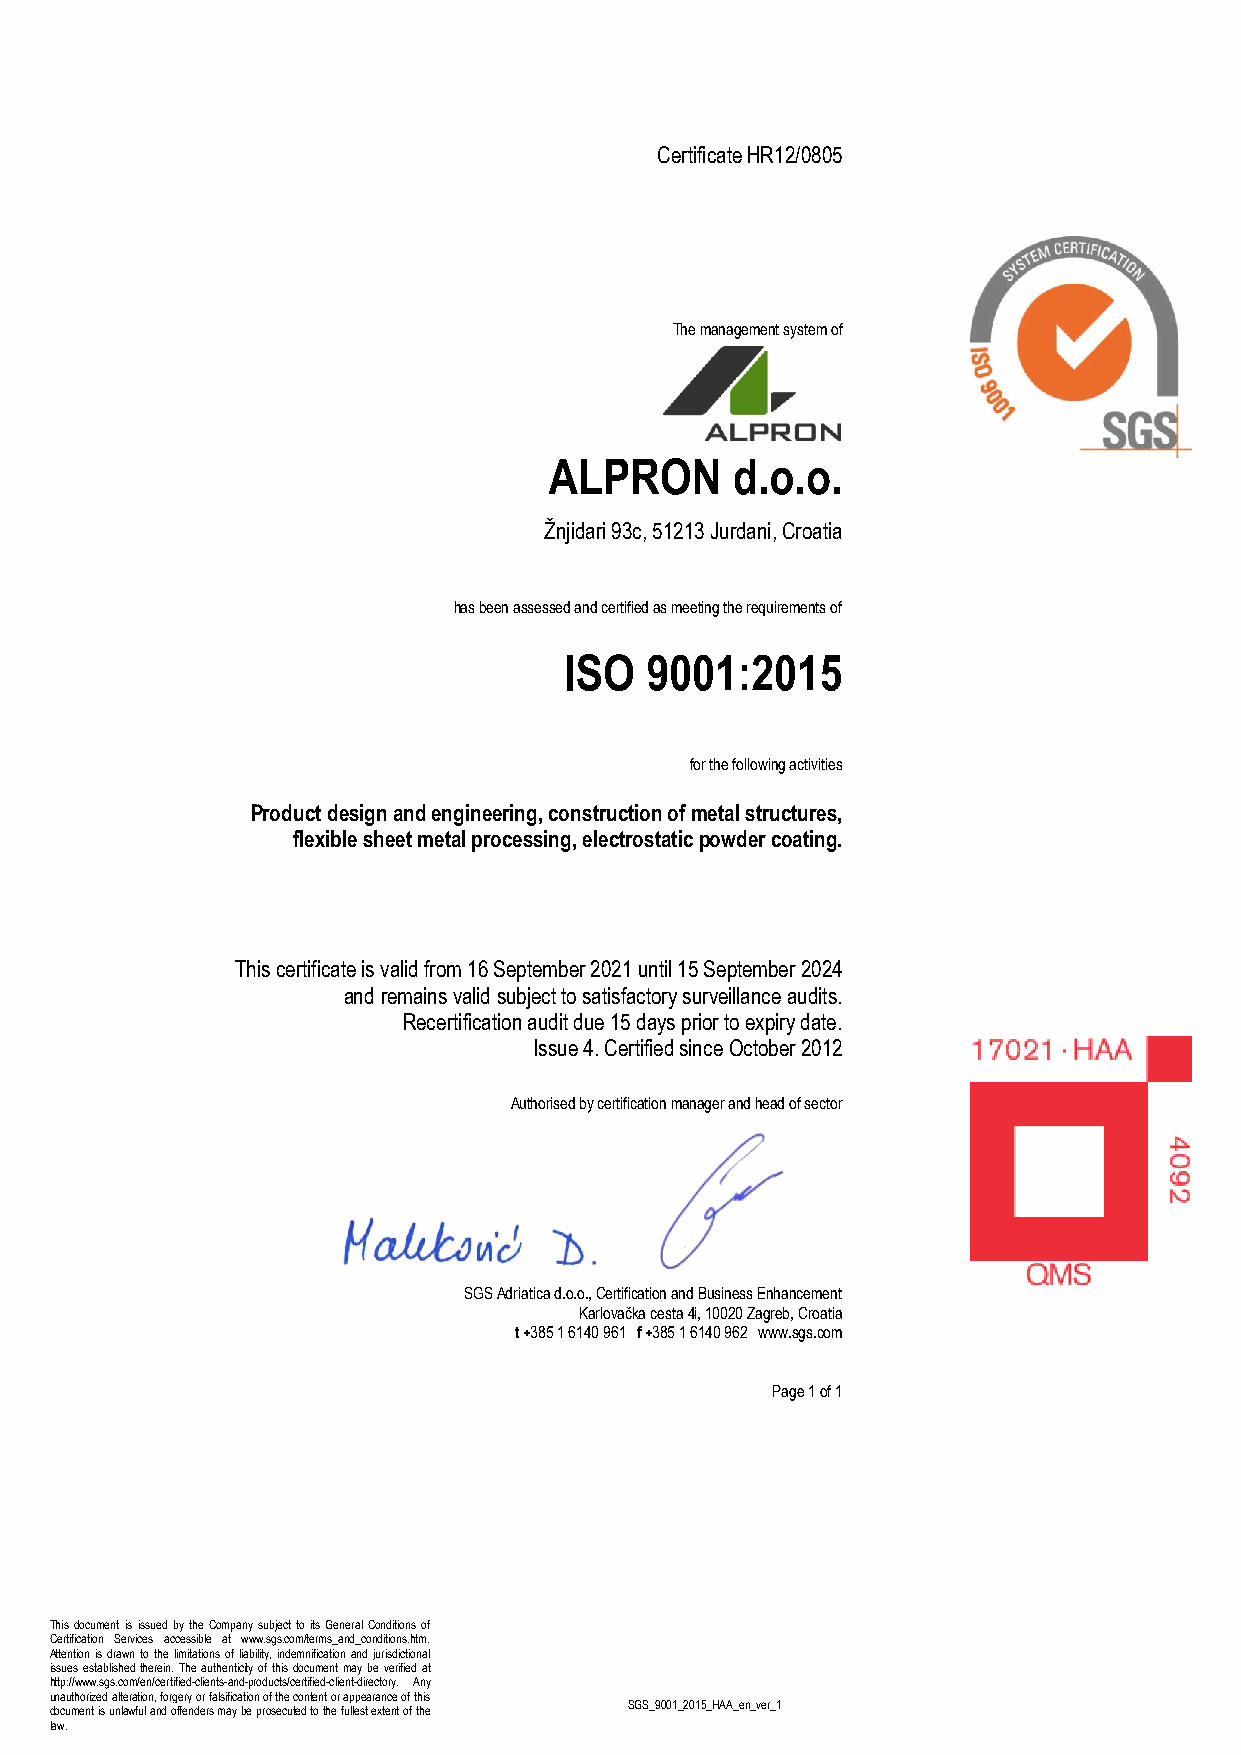
Certificate HR12/0805
 The management system of
 ALPRON      d.o.o.
 Žnjidari 93c, 51213 Jurdani, Croatia
 has been assessed and certified as meeting the requirements of
 ISO   9001:2015
 for the following activities
 Product design and engineering, construction of metal structures,
 flexible sheet metal processing, electrostatic powder coating.
 This certificate is valid from 16 September 2021 until 15 September 2024
 and remains valid subject to satisfactory surveillance audits.
 Recertification audit due 15 days prior to expiry date.
 Issue 4. Certified since October 2012
 Authorised by certification manager and head of sector
 SGS Adriatica d.o.o., Certification and Business Enhancement
 Karlovačka cesta 4i, 10020 Zagreb, Croatia
 t +385 1 6140 961□f +385 1 6140 962□www.sgs.com
 Page 1 of 1
 This document is issued by the Company subject to its General Conditions of
 Certification Services accessible at www.sgs.com/terms_and_conditions.htm.
 Attention is drawn to the limitations of liability, indemnification and jurisdictional
 issues established therein. The authenticity of this document may be verified at
 http://www.sgs.com/en/certified-clients-and-products/certified-client-directory. Any
 unauthorized alteration, forgery or falsification of the content or appearance of this
 SGS_9001_2015_HAA_en_ver_1
 document is unlawful and offenders may be prosecuted to the fullest extent of the
 law.